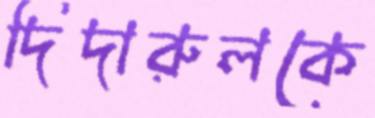
দিদারুলকে